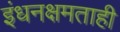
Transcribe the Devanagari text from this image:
इंधनक्षमताही